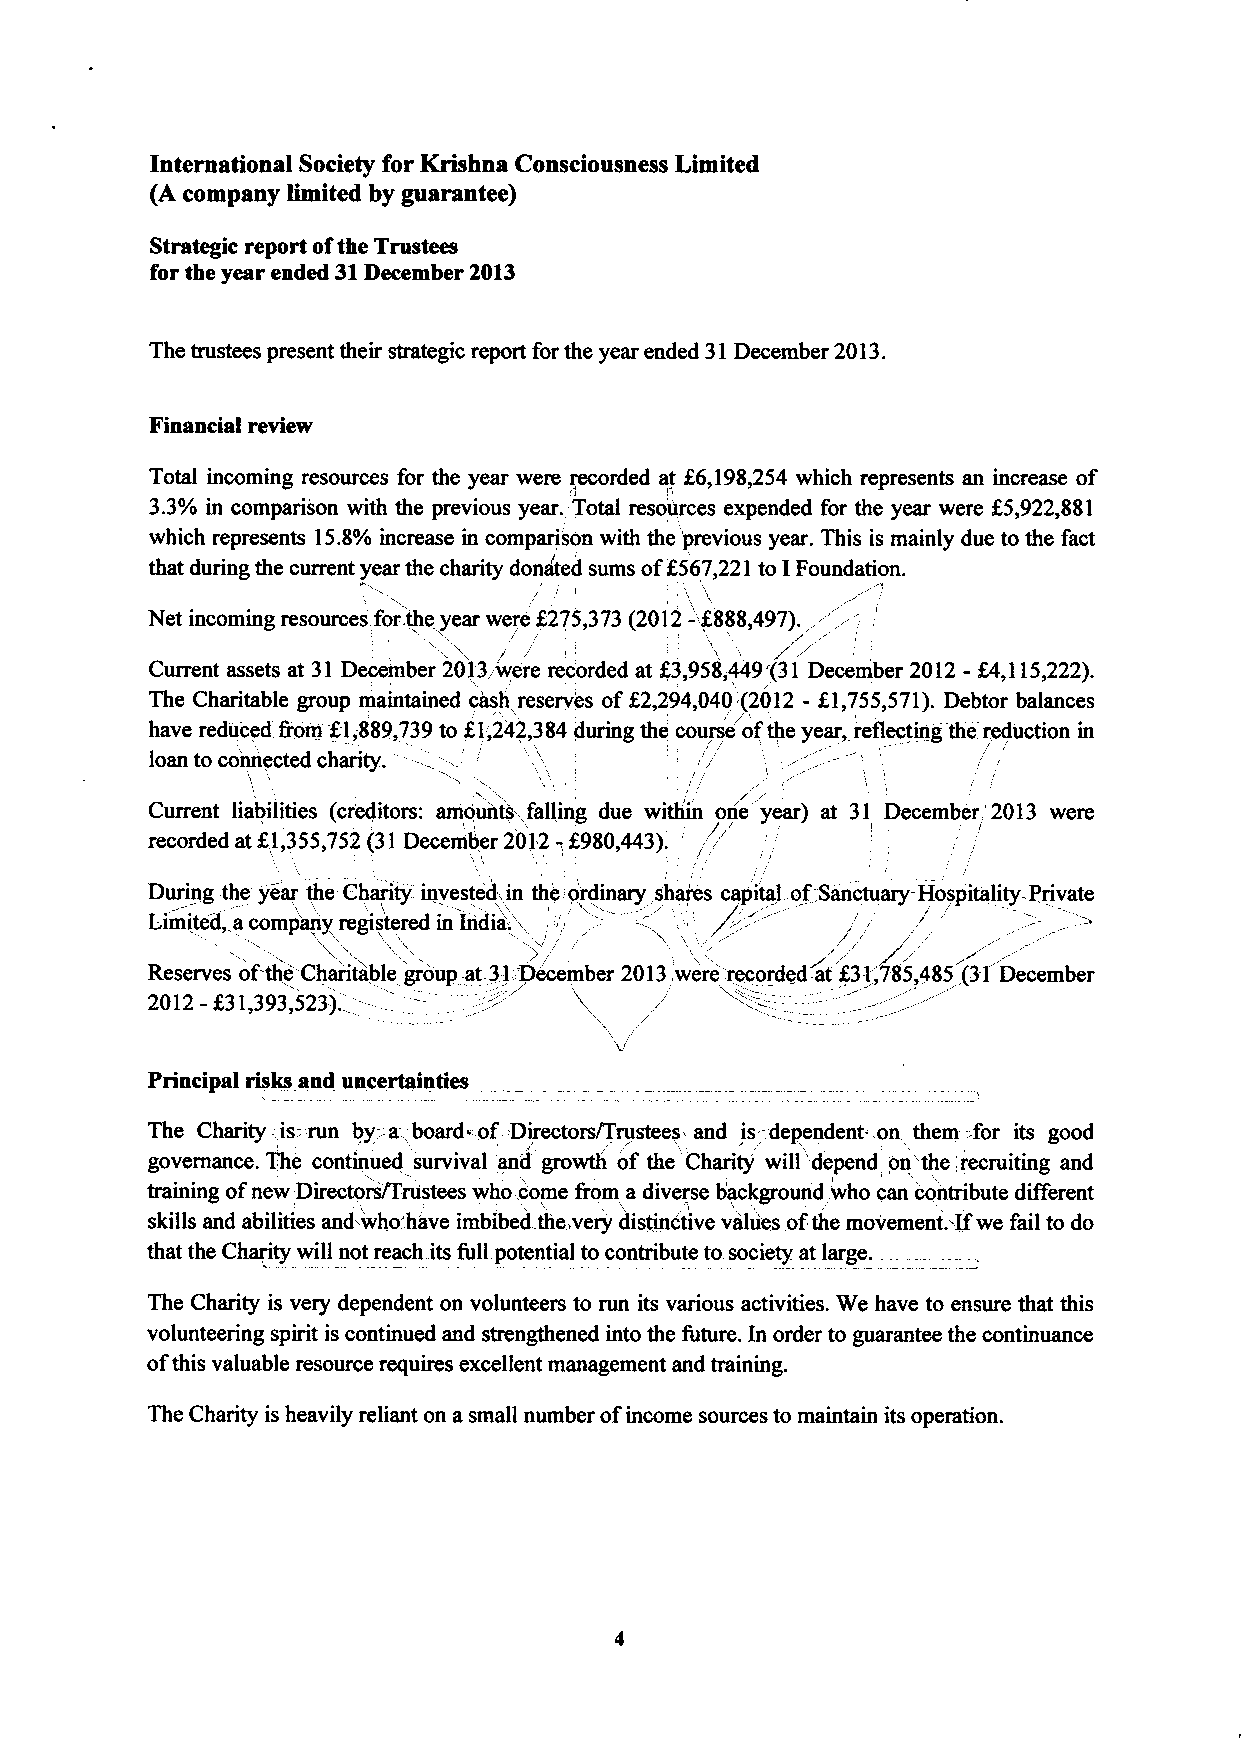
International Society for Krishna Consciousness Limited
 (A company limited by guarantee)
 Strategic report ofthe Trustees
 for the year ended 31December 2013
 The trustees present their strategic report for the year ended 31December 2013.
 Financial review
 Total incoming resources for the year were recorded at K6,198,254 which represents an increase of
 3.3% in comparison with the previous year. 'Total resources expended for the year were K5,922,$81
 which represents 15.8% increase in comparison with the 'previous year. This is mainly due to the fact
 that during the current year the charity donated sums of6567,221 to IFoundation.
 /
 Net incoming resources, for.the year were f275,373(2012- K888,497). ~''.--,
 /
 / /
 /
 Current assets at 31 December 2013,/we' re recorded at K3,958,4149 (31 December 2012 - K4,115,222).
 The Charitable group maintained cash reserves of K2,294,040,'(2012 - K1,755,571).Debtor balances
 have reduced &om Kl;889,739to Kl',242,384 during the course' ofthe year, reflecting the reduction in
 - ".                                  /', '
 loan to connected charity. --
 / /
 Current liabilities (creditors: amounts, falling due within one'year) at 31 December'2013 were
 recorded at 61,355,752 (31December 2012 -,f980,443).
 /  //            /
 During the year the- Charity invested, in the'o'rdinary shar'es capital. of,Sanctuary-Hospitality Private
 i /
 Limited, acomp'any registered in India". ,   /' /
 )                    /
 /
 Reserves ofthe Char'itabie Itroop at 31.-:December 2013,were-recorded at 531,785,485 (31 December
 2012 —531,393,523).
 /
 Principal risks and uncertainties
 The Charity, is;.run by-,-a,board-of::Directors/Trustees and is:dependent. on them-, :for its good
 governance. The continued survival and growth of the Charity' will'depend on the, recruiting and
 training ofnew Directors/Trustees who vcome from a diverse background/who can contribute different
 L         '/
 skills and abilities and who'have imbibed the,very distinctive values of-the movement;~if we fail to do
 that the Charity will not reach. its full.potential to contribute to society at large.
 The Charity is very dependent on volunteers to run its various activities. We have to ensure that this
 volunteering spirit is continued and strengthened into the future. In order to guarantee the continuance
 ofthis valuable resource requires excellent management and training.
 The Charity is heavily reliant on a small number ofincome sources to maintain its operation.